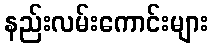
နည်းလမ်းကောင်းများ